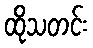
ထိုသတင်း